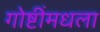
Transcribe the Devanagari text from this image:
गोष्टींमधला